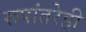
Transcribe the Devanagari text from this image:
रूपांतरेही